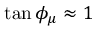
{ \tan \phi _ { \mu } } \approx 1